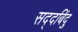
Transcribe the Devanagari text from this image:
सद्दबिंदु